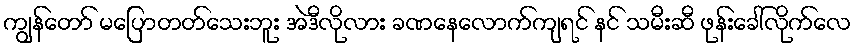
ကျွန်တော် မပြောတတ်သေးဘူး အဲဒီလိုလား ခဏနေလောက်ကျရင် နင် သမီးဆီ ဖုန်းခေါ်လိုက်လေ